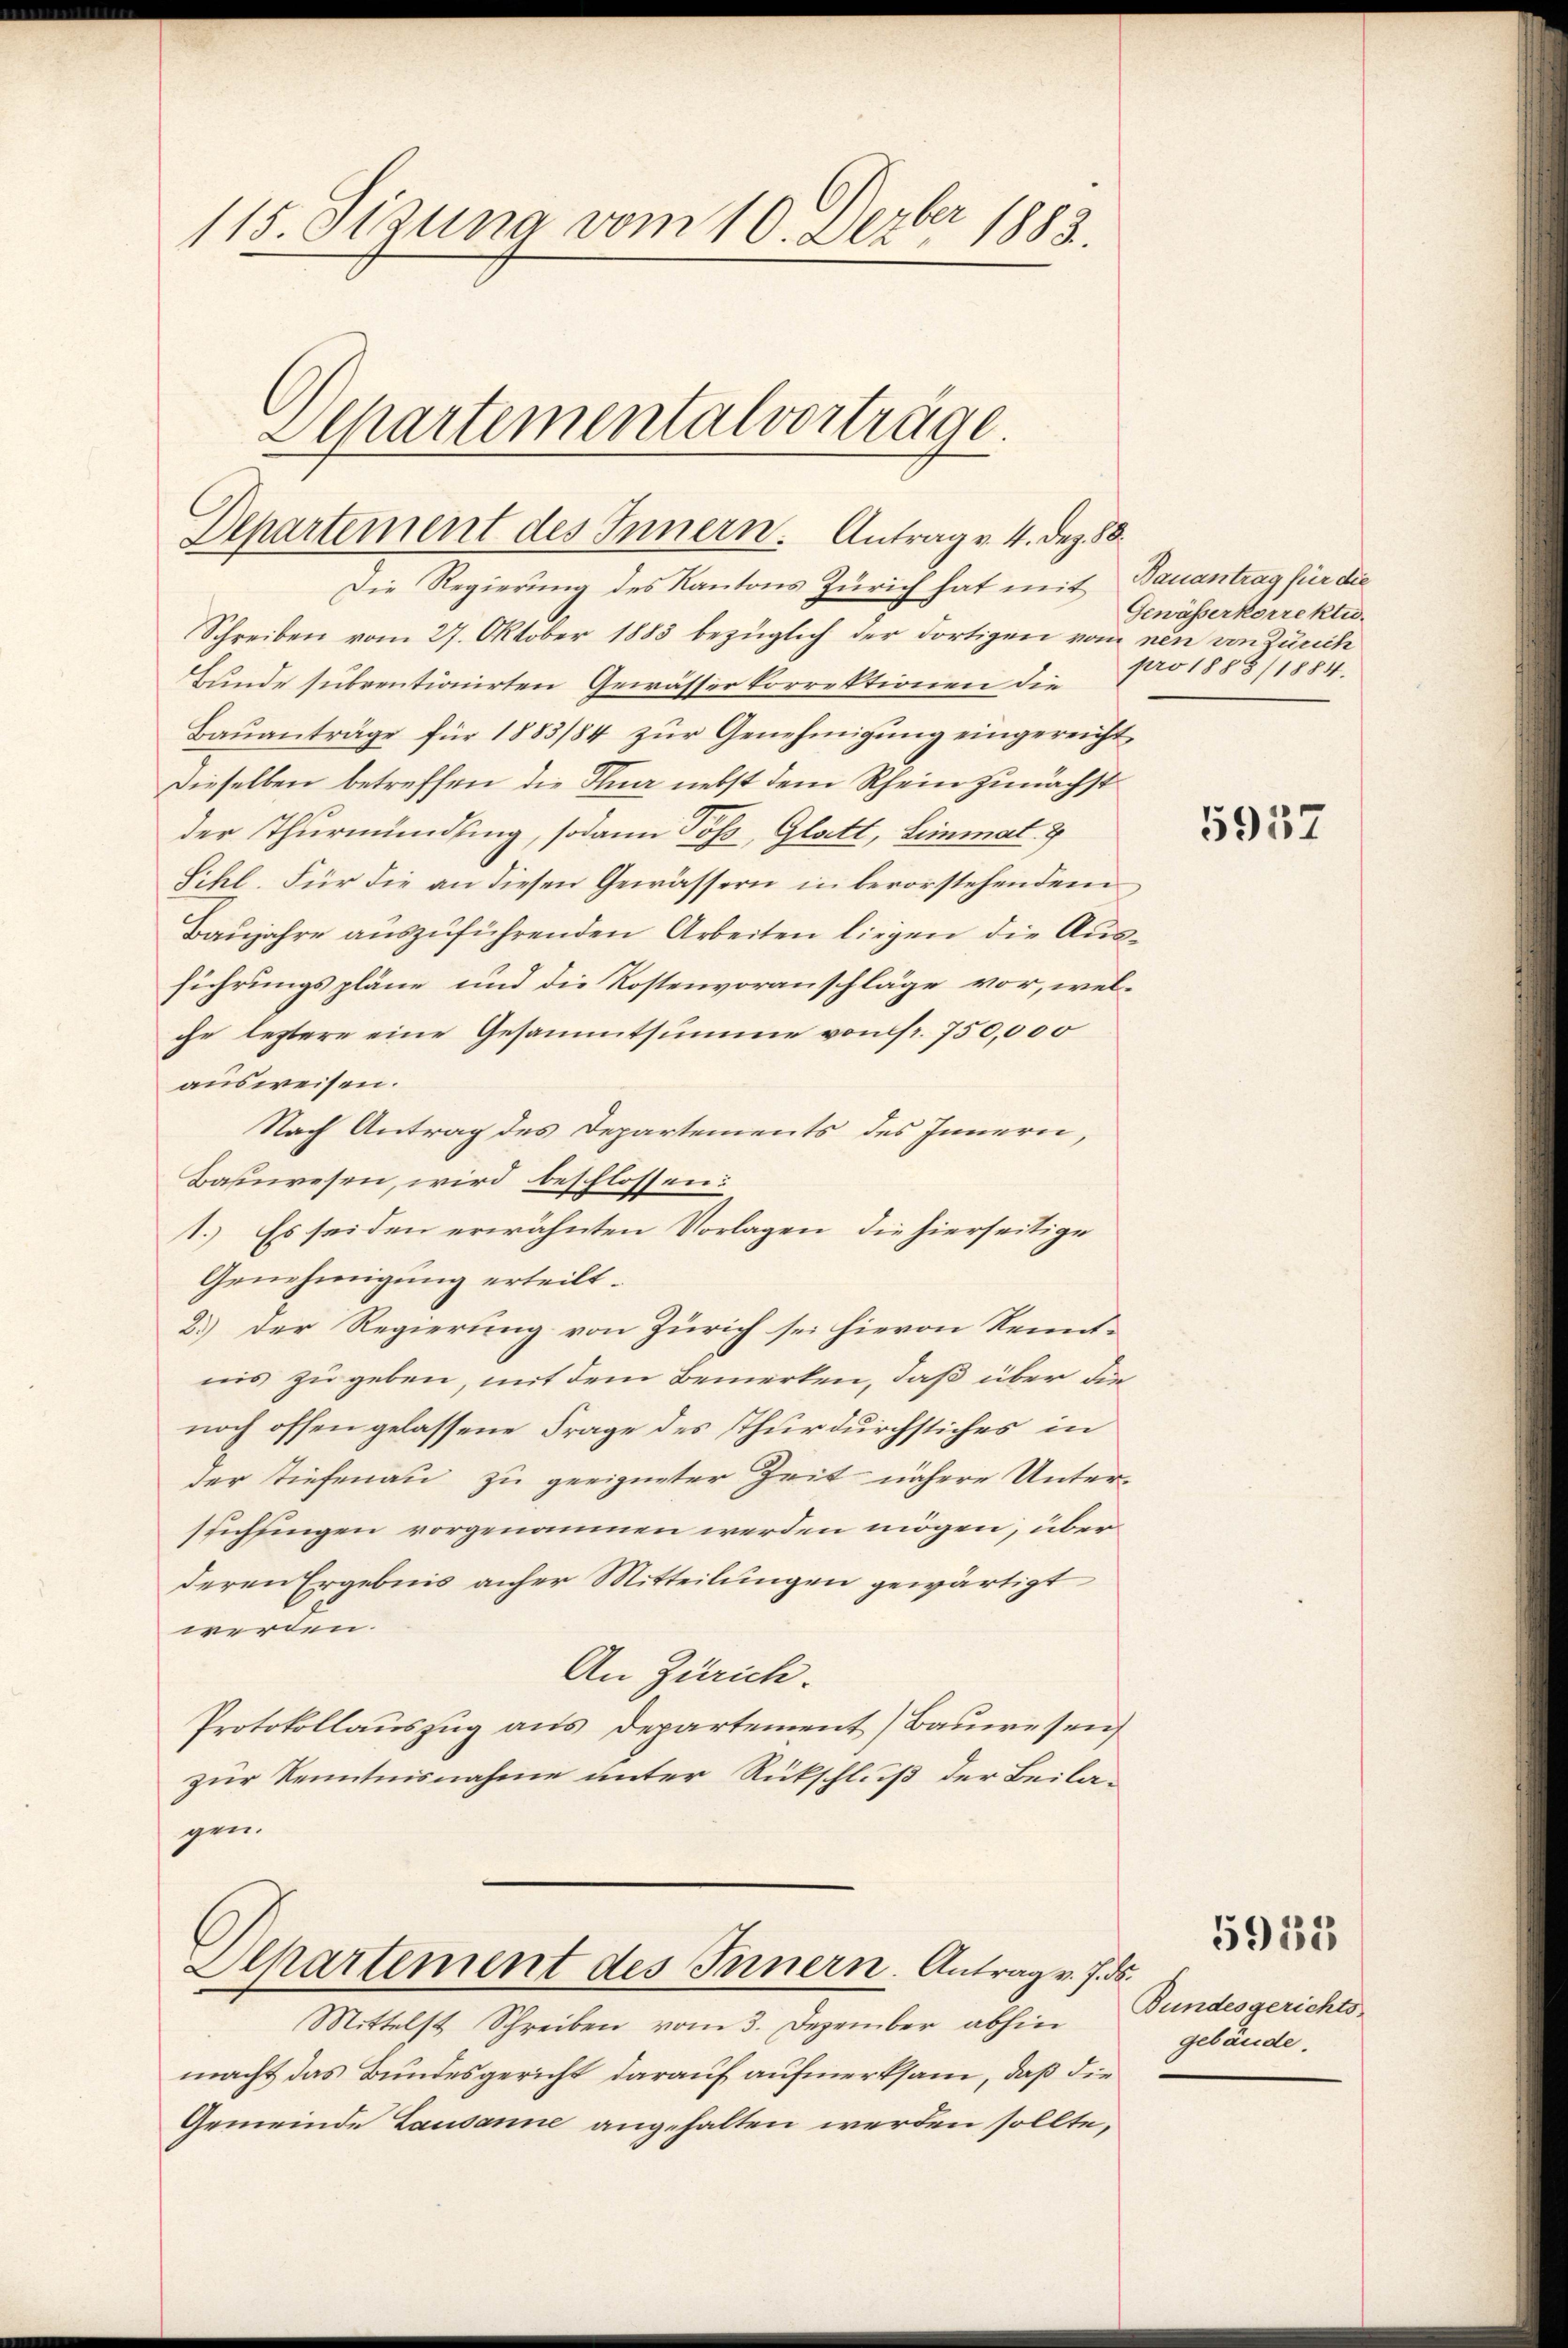
115. Sizung vom 10. Dezbr 1883.
Separtementalverträge.

Departement des Innern. Antrag v. 4. Dez. 88.

Die Regierung des Kantons Zürich hat mit Bauantrag für die
Schreiben vom 27. Oktober 1883 bezüglich der dortigen vom neu von Zürich
Bunde subventionirten Gewässerkorrektionen die
Baŭanträge für 1883/84 zŭr Genehmigŭng eingereicht
Dieselben betreffen die Ina nebst dem Rhein zunächst
der Thurmündung, sodann Poss, Glatt, Limmat. 7
Schl. Für die an diesen Gewässern in bevorstehendem
Baujahre auszuführenden Arbeiten liegen die Ausführungspläne und die Kostenvoranschläge vor, wel-
che leztere eine Gesammtsumme vom fr. 750,000
ausweisen.
Nach Antrag des Departements des Innern,
Bahnwesen, wird beschlossen:
1.) Es seiden erwähnten Vorlagen, die hierseitige
Genehmigung erteilt.
2.) Der Regierung von Zürich sei hievon Kennt-
nis zu geben, mit dem Bemerken, daß über die
noch offen gelassene Frage des Thurdurchstiches in
der Tiefenau zu geeigneter Zeit nähere Unterstichingen vorgenommen werden mögen, über
deren Ergebnis anher Mitteilungen gewärtigt
werden.
An Zürich.
Protokollauszug aus Departement Bauwesen
zur Kenntnisnahme unter Rückschluß der Beilagen.

Separtement des Innern. Antrag v. 7. ds.

Mittelst Schreiben vom 3. Dezember abhin
macht das Bundesgericht darauf aufmerksam, daß die
Gemeinde Lausanne angehalten werden sollte,

Gewässerkorrekti
pro 1888/1884.

5937

Bundesgerichts-
gebäude.

5912